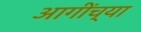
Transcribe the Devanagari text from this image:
आगींच्या